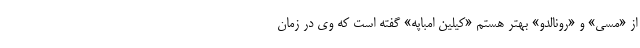
از «مسی» و «رونالدو» بهتر هستم «کیلین امباپه» گفته است که وی در زمان